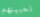
تحبينهم